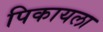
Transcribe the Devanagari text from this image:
पिकायला